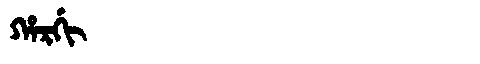
Manchu: ᡥᠠᡵᡤᡳ
Romanization: HARGI